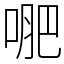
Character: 𭈙